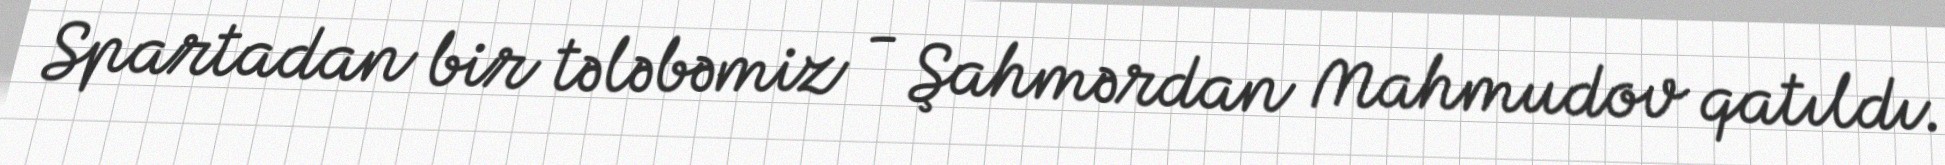
Spartadan bir tələbəmiz - Şahmərdan Mahmudov qatıldı.